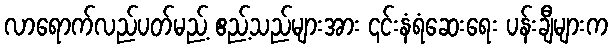
လာရောက်လည်ပတ်မည့် ဧည့်သည်များအား ၎င်းနံရံဆေးရေး ပန်းချီများက